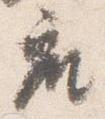
座